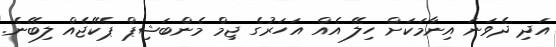
އަދި ދެވަނަ އިނާމަކަށް ހިލޭ އެއް އަހަރުގެ ޖިމް މެންބަޝިޕް ޕެކޭޖެއް ލިބޭނެ.